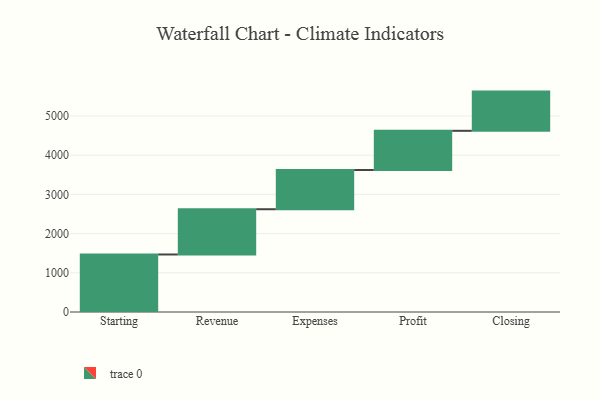
{"axis": {"x": "Step", "y": "Value"}, "legend": [""], "data": [{"x": "Starting", "y": 1467.0, "type": ""}, {"x": "Revenue", "y": 1154.0, "type": ""}, {"x": "Expenses", "y": 1000, "type": ""}, {"x": "Profit", "y": 1000, "type": ""}, {"x": "Closing", "y": 1000, "type": ""}]}